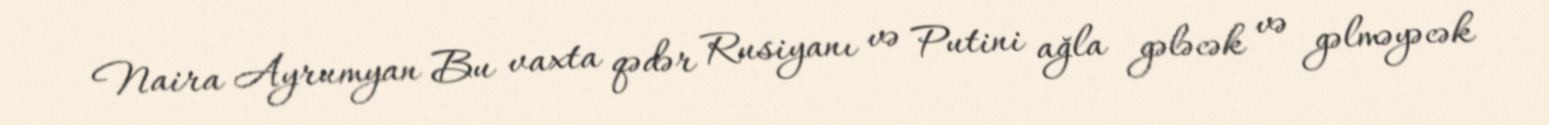
Naira Ayrumyan Bu vaxta qədər Rusiyanı və Putini ağla gələcək və gəlməyəcək